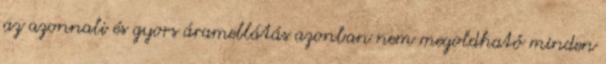
az azonnali és gyors áramellátás azonban nem megoldható minden